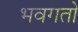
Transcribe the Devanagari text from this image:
भवगतो